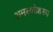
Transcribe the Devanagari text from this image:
अमरकोशस्य